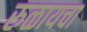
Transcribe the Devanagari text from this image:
रुळायचा